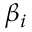
\beta _ { i }